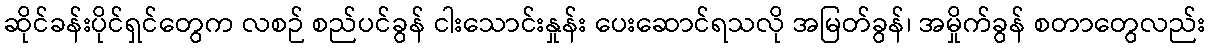
ဆိုင်ခန်းပိုင်ရှင်တွေက လစဉ် စည်ပင်ခွန် ငါးသောင်းနှုန်း ပေးဆောင်ရသလို အမြတ်ခွန်၊ အမှိုက်ခွန် စတာတွေလည်း